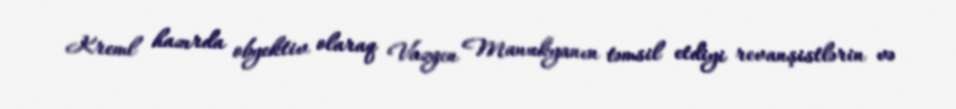
Kreml hazırda obyektiv olaraq Vazgen Manukyanın təmsil etdiyi revanşistlərin və